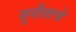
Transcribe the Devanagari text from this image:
सुनीताचे